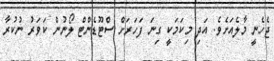
ޖެހެނީ މާލެއަށެވެ. އަދި މިކަމަކީ ގިނަ ފަހަރަށް ސްޓޫޑެންޓް ލޯނުން ކަވަރު ނުކުރާ